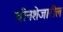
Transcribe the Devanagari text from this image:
चीनशेजारील